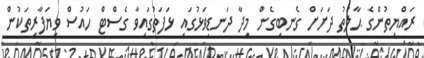
ރައްޔިތުންގެ ޙާލަތު ދަށަށް ގެނބިގެން މިދާ ދަނޑިވަޅުގައި ޅަފަތުގައިވާ ގެސްޓް ހައުސް ވިޔަފާރިތަކުން